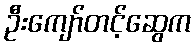
ဦးကျော်တင့်ဆွေက